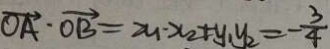
\overrightarrow { O A } \cdot \overrightarrow { O B } = z _ { u } \cdot x _ { 2 } + y _ { 1 } y _ { 2 } = - \frac { 3 } { 4 }